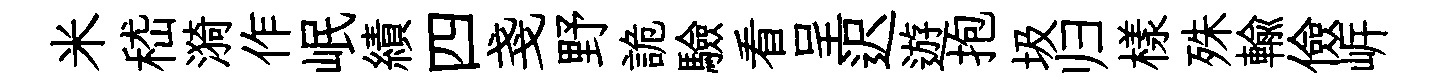
米嵇漪作岷績四戔野詭驗看呈迟遊抱圾归樣殊輸儉㟁